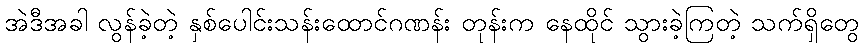
အဲဒီအခါ လွန်ခဲ့တဲ့ နှစ်ပေါင်းသန်းထောင်ဂဏန်း တုန်းက နေထိုင် သွားခဲ့ကြတဲ့ သက်ရှိတွေ